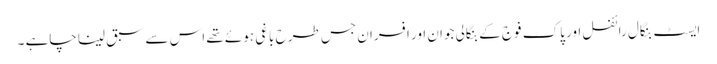
ایسٹ بنگال رائفل اور پاک فوج کے بنگالی جوان اور افسران جس طرح باغی ہوئے تھے اس سے سبق لینا چاہے ۔